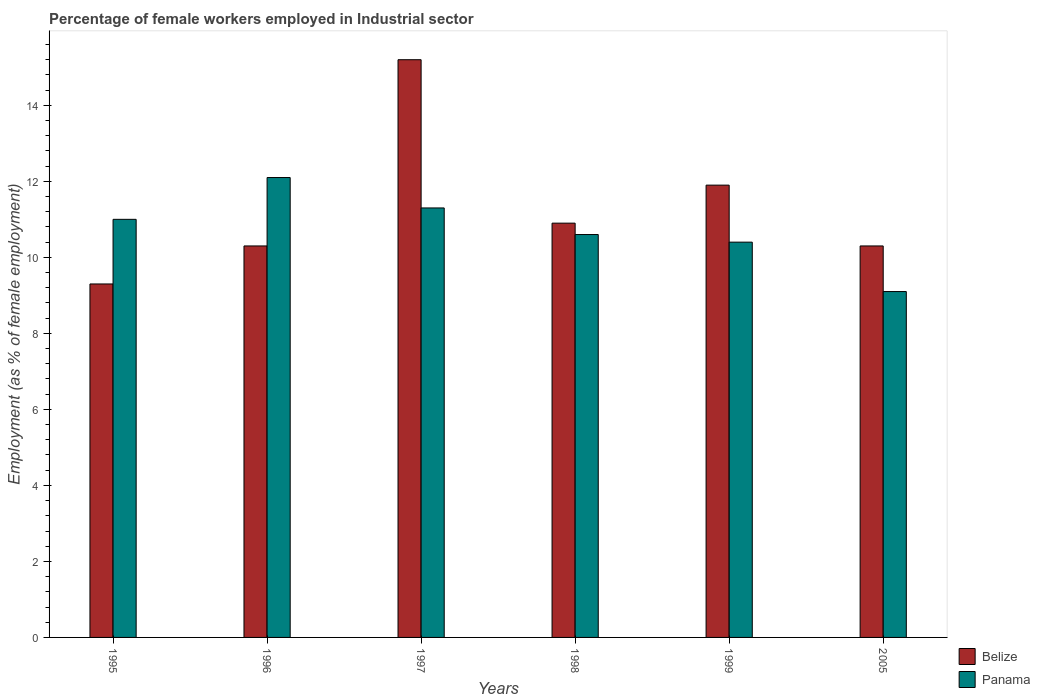
| Years | Belize | Panama |
 | --- | --- | --- |
 | 1995 | 9.3 | 11 |
 | 1996 | 10.3 | 12.1 |
 | 1997 | 15.2 | 11.3 |
 | 1998 | 10.9 | 10.6 |
 | 1999 | 11.9 | 10.4 |
 | 2005 | 10.3 | 9.1 |